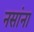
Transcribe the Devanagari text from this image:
नसांना